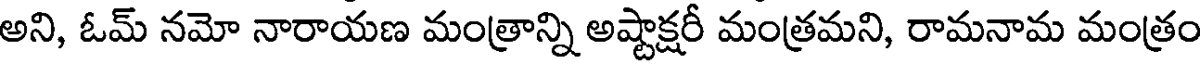
అని, ఓమ్ నమో నారాయణ మంత్రాన్ని అష్టాక్షరీ మంత్రమని, రామనామ మంత్రం